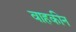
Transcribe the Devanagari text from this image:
वाहकीन